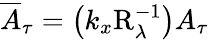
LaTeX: \overline{{A}}_{\tau}=\left(k_{x}\mathrm{R}_{\lambda}^{-1}\right)A_{\tau}